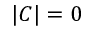
| C | = 0